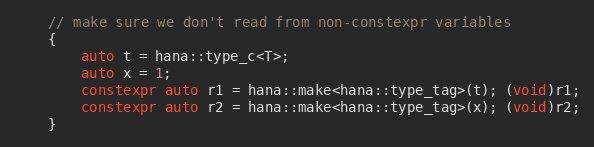
Language: C++
    // make sure we don't read from non-constexpr variables
    {
        auto t = hana::type_c<T>;
        auto x = 1;
        constexpr auto r1 = hana::make<hana::type_tag>(t); (void)r1;
        constexpr auto r2 = hana::make<hana::type_tag>(x); (void)r2;
    }